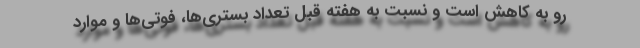
رو به کاهش است و نسبت به هفته قبل تعداد بستری‌ها، فوتی‌ها و موارد